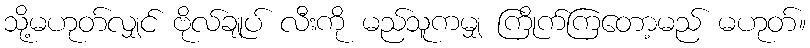
သို့မဟုတ်လျှင် ဗိုလ်ချုပ် လီးကို မည်သူကမျှ ကြိုက်ကြတော့မည် မဟုတ်။